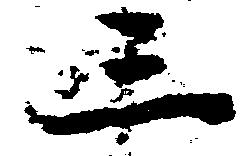
三